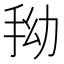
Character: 𭠞